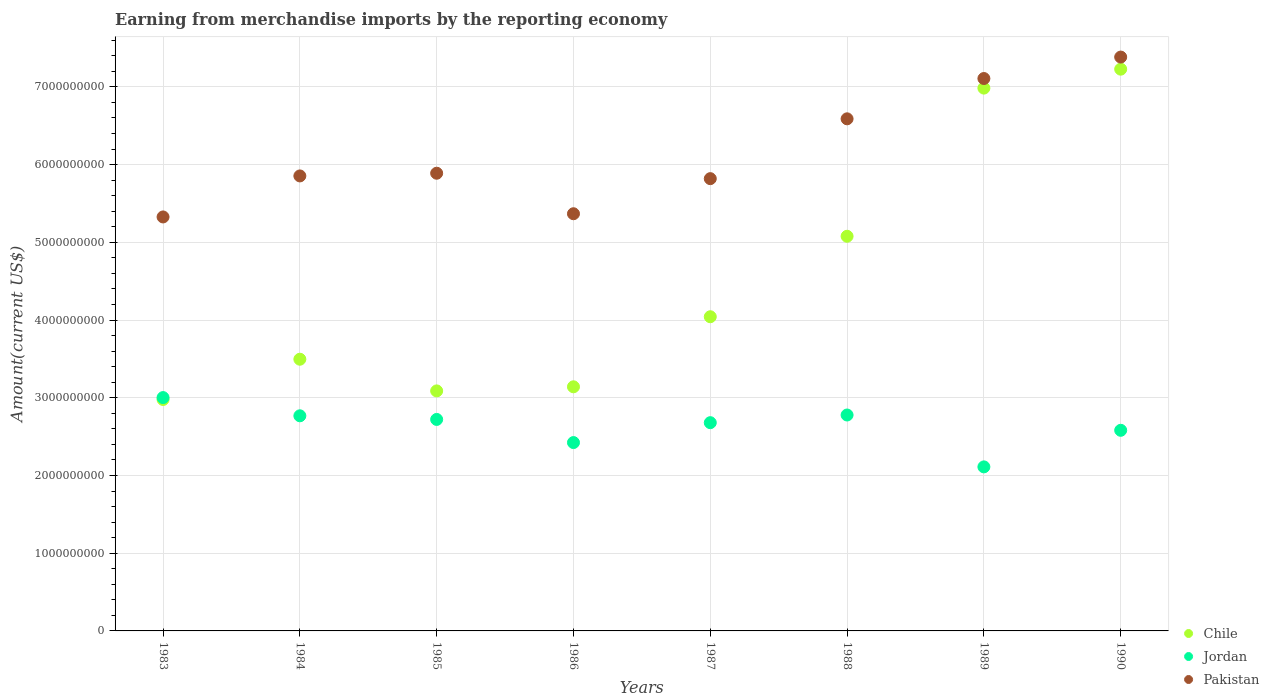
| Years | Chile | Jordan | Pakistan |
 | --- | --- | --- | --- |
 | 1983 | 2.98e+09 | 3e+09 | 5.33e+09 |
 | 1984 | 3.5e+09 | 2.77e+09 | 5.85e+09 |
 | 1985 | 3.09e+09 | 2.72e+09 | 5.89e+09 |
 | 1986 | 3.14e+09 | 2.42e+09 | 5.37e+09 |
 | 1987 | 4.04e+09 | 2.68e+09 | 5.82e+09 |
 | 1988 | 5.08e+09 | 2.78e+09 | 6.59e+09 |
 | 1989 | 6.98e+09 | 2.11e+09 | 7.11e+09 |
 | 1990 | 7.23e+09 | 2.58e+09 | 7.38e+09 |